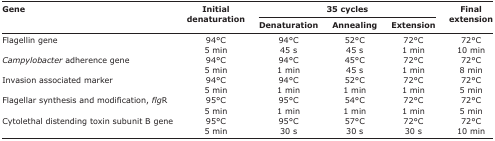
<table><thead><tr><td rowspan="3"><b>Gene</b></td><td rowspan="3"><b>Initial denaturation</b></td><td colspan="3"><b>35 cycles</b></td><td rowspan="3"><b>Final extension</b></td></tr><tr><td><b>Denaturation</b></td><td><b>Annealing</b></td><td><b>Extension</b></td></tr></thead><tbody><tr><td>Flagellin gene</td><td>94°C</td><td>94°C</td><td>52°C</td><td>72°C</td><td>72°C</td></tr><tr><td>[EMPTY_CELL]</td><td>5 min</td><td>45 s</td><td>45 s</td><td>1 min</td><td>10 min</td></tr><tr><td><i>Campylobacter</i> adherence gene</td><td>94°C</td><td>94°C</td><td>45°C</td><td>72°C</td><td>72°C</td></tr><tr><td>[EMPTY_CELL]</td><td>5 min</td><td>1 min</td><td>45 s</td><td>1 min</td><td>8 min</td></tr><tr><td>Invasion associated marker</td><td>94°C</td><td>94°C</td><td>52°C</td><td>72°C</td><td>72°C</td></tr><tr><td>[EMPTY_CELL]</td><td>5 min</td><td>1 min</td><td>1 min</td><td>1 min</td><td>5 min</td></tr><tr><td>Flagellar synthesis and modification, <i>flg</i>R</td><td>95°C</td><td>95°C</td><td>54°C</td><td>72°C</td><td>72°C</td></tr><tr><td>[EMPTY_CELL]</td><td>5 min</td><td>1 min</td><td>1 min</td><td>1 min</td><td>5 min</td></tr><tr><td>Cytolethal distending toxin subunit B gene</td><td>95°C</td><td>95°C</td><td>57°C</td><td>72°C</td><td>72°C</td></tr><tr><td>[EMPTY_CELL]</td><td>5 min</td><td>30 s</td><td>30 s</td><td>30 s</td><td>10 min</td></tr></tbody></table>